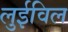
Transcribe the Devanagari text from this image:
लुईविल